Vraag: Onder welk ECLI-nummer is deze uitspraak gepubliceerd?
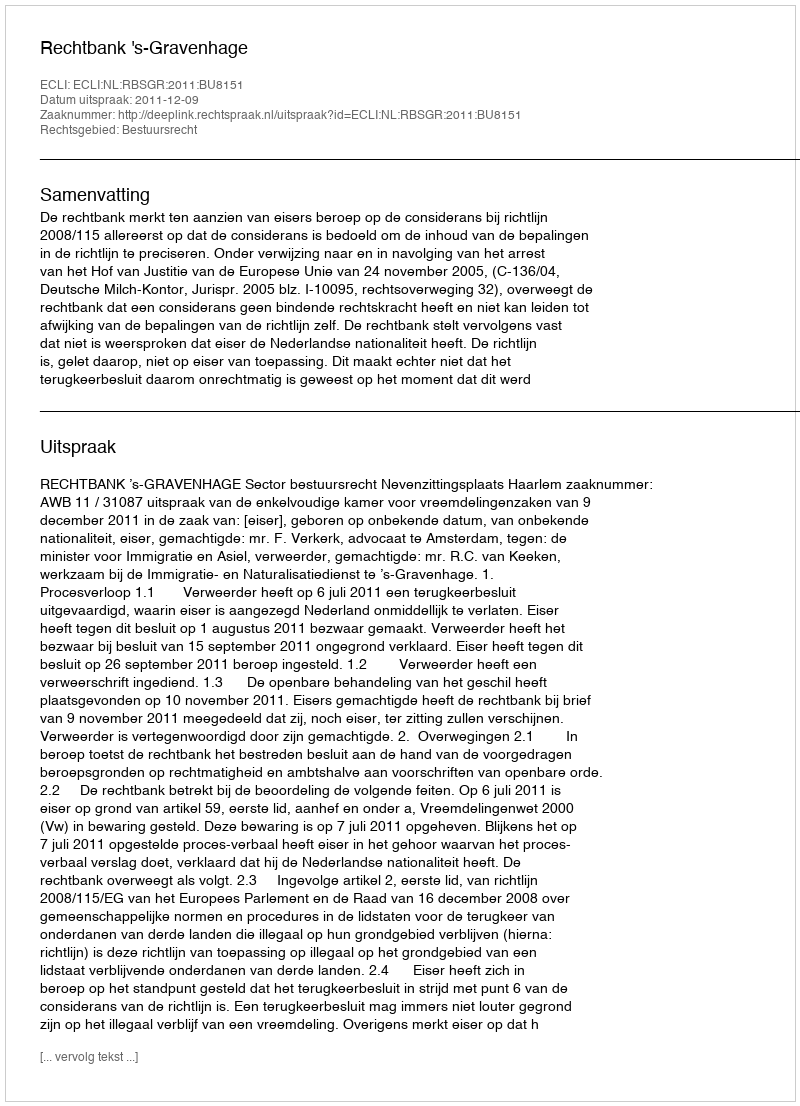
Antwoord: ECLI:NL:RBSGR:2011:BU8151